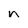
Character: n